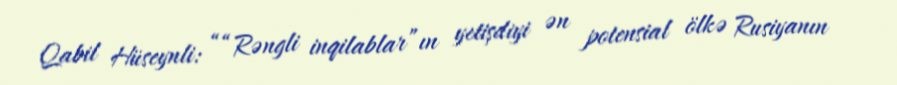
Qabil Hüseynli: ““Rəngli inqilablar”ın yetişdiyi ən potensial ölkə Rusiyanın